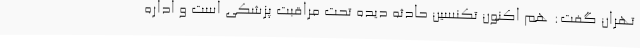
تهران گفت: هم اکنون تکنسین حادثه دیده تحت مراقبت پزشکی است و اداره